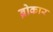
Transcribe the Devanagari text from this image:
ब्रोकार